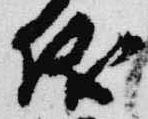
儀